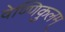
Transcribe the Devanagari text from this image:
वेण्णिकुलम्